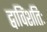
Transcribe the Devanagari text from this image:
द्वाविंशतिः